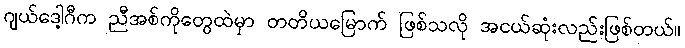
ဂျယ်ဒေါ့ဂီက ညီအစ်ကိုတွေထဲမှာ တတိယမြောက် ဖြစ်သလို အငယ်ဆုံးလည်းဖြစ်တယ်။